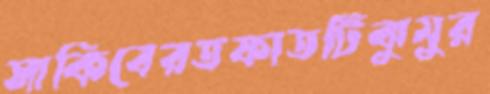
সাকিবেরতফাতটিঝুমুর